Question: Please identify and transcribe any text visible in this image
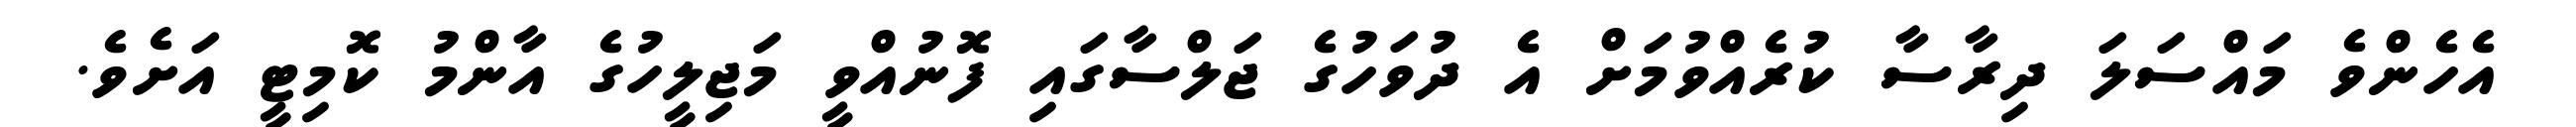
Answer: އެހެންވެ މައްސަލަ ދިރާސާ ކުރެއްވުމަށް އެ ދުވަހުގެ ޖަލްސާގައި ފޮނުއްވީ މަޖިލީހުގެ އާންމު ކޮމިޓީ އަށެވެ.